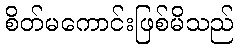
စိတ်မကောင်းဖြစ်မိသည်